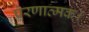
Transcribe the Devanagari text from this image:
प्रेरणात्मक।